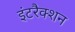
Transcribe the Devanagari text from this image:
इंटरैक्शन